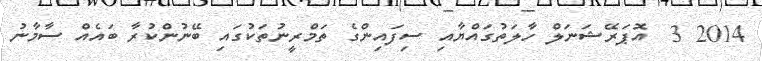
2014 3  އޮޕަރޭޝަނަލް ހާލަތުގައްޔާއި ސިފައިންގެ ތަމްރީނުތަކުގައި ބޭނުންކުރާ ބައެއް ސާމާނު